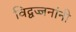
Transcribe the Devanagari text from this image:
विद्वज्जनांनी